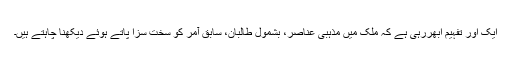
ایک اور تفہیم ابھررہی ہے کہ ملک میں مذہبی عناصر، بشمول طالبان، سابق آمر کو سخت سزا پاتے ہوئے دیکھنا چاہتے ہیں۔